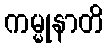
ကမ္မုနာတိ